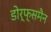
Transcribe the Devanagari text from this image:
डोर्फ्समैन